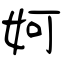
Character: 妸